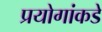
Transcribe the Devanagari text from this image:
प्रयोगांकडे